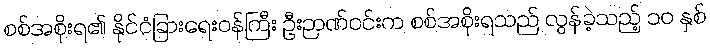
စစ်အစိုးရ၏ နိုင်ငံခြားရေးဝန်ကြီး ဦးဉာဏ်ဝင်းက စစ်အစိုးရသည် လွန်ခဲ့သည့် ၁၀ နှစ်